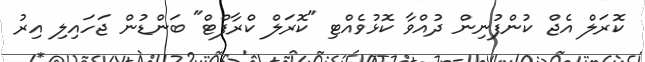
ކޮރަލް އެޖް ކުންފުނިން ދުއްވާ ކޮޅުވެއްޓި "ކޮރަލް ކްރާފްޓް" ބަންޑުން ޖަހައިލި އިރު